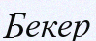
Бекер